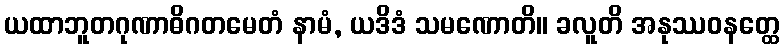
ယထာဘူတဂုဏာဓိဂတမေတံ နာမံ, ယဒိဒံ သမဏောတိ။ ခလူတိ အနုဿဝနတ္ထေ